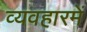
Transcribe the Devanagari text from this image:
व्यवहारमें